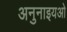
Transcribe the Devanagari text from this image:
अनुनाइयओ